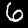
Label: 6